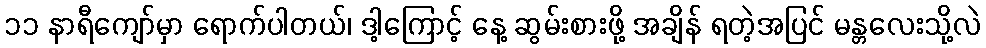
၁၁ နာရီကျော်မှာ ရောက်ပါတယ်၊ ဒါ့ကြောင့် နေ့ ဆွမ်းစားဖို့ အချိန် ရတဲ့အပြင် မန္တလေးသို့လဲ